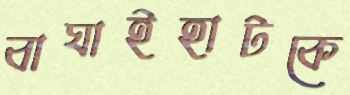
বাঘাইহাটকে